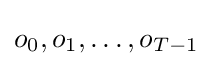
o_{0},o_{1},\dots ,o_{T-1}